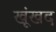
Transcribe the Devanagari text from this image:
खूंखद